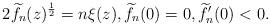
LaTeX: \begin{align*}2\widetilde{f}_n(z)^{\frac{1}{2}} = n\xi(z),\widetilde f_n(0)=0,\widetilde f_n'(0)<0.\end{align*}